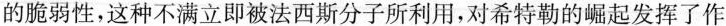
的脆弱性，这种不满立即被法西斯分子所利用，对希特勒的崛起发挥了作